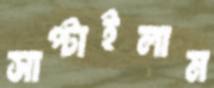
সাপ্‌টাইলাম